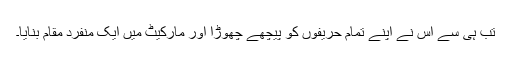
تب ہی سے اس نے اپنے تمام حریفوں کو پیچھے چھوڑا اور مارکیٹ میں ایک منفرد مقام بنایا۔